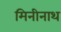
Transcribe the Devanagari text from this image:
मिनीनाथ